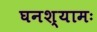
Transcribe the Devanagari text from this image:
घनश्यामः